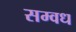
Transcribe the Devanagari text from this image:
सम्वध